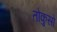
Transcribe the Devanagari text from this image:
तोकुसो